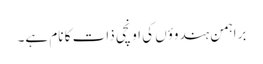
براہمن ہندوؤں کی اونچی ذات کا نام ہے۔